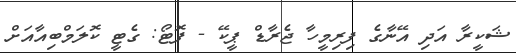
ޝަކީރާ އަދި އޭނާގެ ފިރިމީހާ ޖެރާޑް ޕީކޭ - ފޮޓޯ: ގެޓީ ކޮލަމްބިއާއަށް